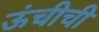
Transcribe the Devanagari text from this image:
ऊंचीची